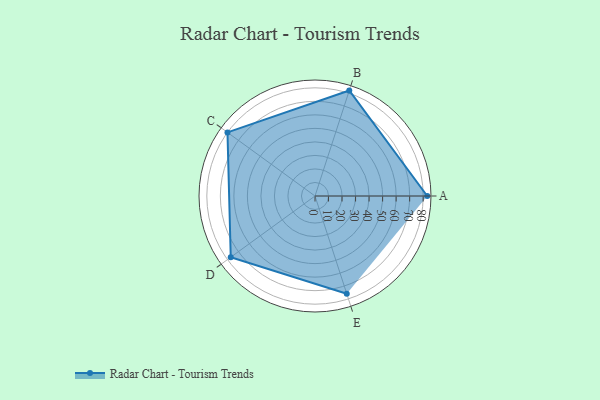
{"axis": {"x": "Skill", "y": "Score"}, "legend": ["Profile"], "data": [{"x": "A", "y": 83.0, "type": "Profile"}, {"x": "B", "y": 82.0, "type": "Profile"}, {"x": "C", "y": 80.0, "type": "Profile"}, {"x": "D", "y": 77.0, "type": "Profile"}, {"x": "E", "y": 76.0, "type": "Profile"}]}